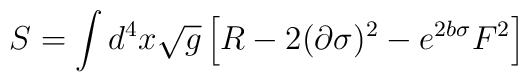
S = \int d^4x \sqrt{g} \left[ R - 2(\partial\sigma)^2 - e^{2b\sigma}F^2 \right]